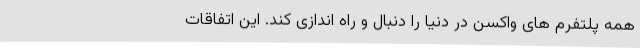
همه پلتفرم‌ های واکسن در دنیا را دنبال و راه ‌اندازی کند. این اتفاقات